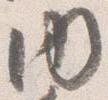
内